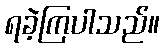
ရခဲ့ကြပါသည်။